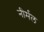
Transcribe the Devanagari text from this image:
नीर्मल